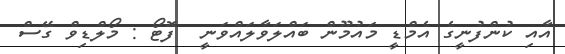
އާއި ކުންފުނީގެ އެމްޑީ މައުމޫން ބައްލަވާލައްވަނީ  ފޮޓޯ : މޯލްޑިވް ގޭސް